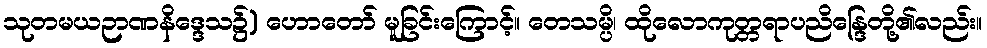
သုတမယဉာဏနိဒ္ဒေသ၌) ဟောတော် မူခြင်းကြောင့်။ တေသမ္ပိ၊ ထိုလောကုတ္တရာပညိန္ဒြေတို့၏လည်း။